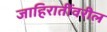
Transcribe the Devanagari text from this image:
जाहिरातींवरील